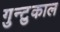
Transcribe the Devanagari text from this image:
गुन्टुकाल